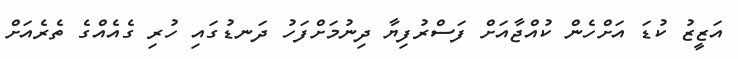
އަޒީޒު ކުޑަ އަށްހެން ކުއްޖާއަށް ފަސްރުފިޔާ ދިނުމަށްފަހު ދަނޑުގައި ހުރި ގެއެއްގެ ތެރެއަށް